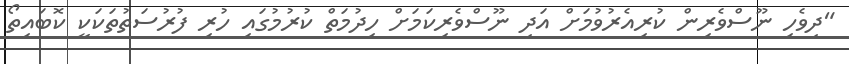
"ދިވެހި ނޫސްވެރިން ކުރިއެރުވުމަށް އަދި ނޫސްވެރިކަމަށް ހިދުމަތް ކުރުމުގައި ހުރި ފުރުސަތުތަކަކީ ކޮބައިތޯ